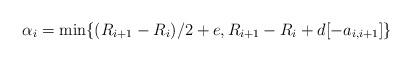
LaTeX: \begin{align*}\alpha_{i}=\min\{(R_{i+1}-R_{i})/2+e,R_{i+1}-R_{i}+d[-a_{i,i+1}]\}\end{align*}